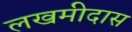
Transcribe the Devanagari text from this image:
लखमीदास